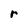
Character: r